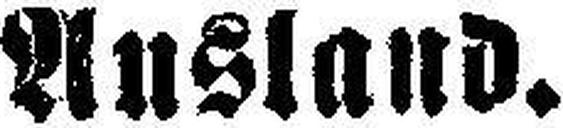
Ausland.